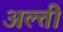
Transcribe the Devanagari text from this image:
अल्ती